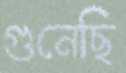
গুনেছি